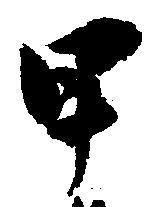
甲